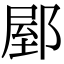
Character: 𨜘